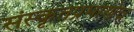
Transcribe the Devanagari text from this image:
संस्कृतप्रमाणेच